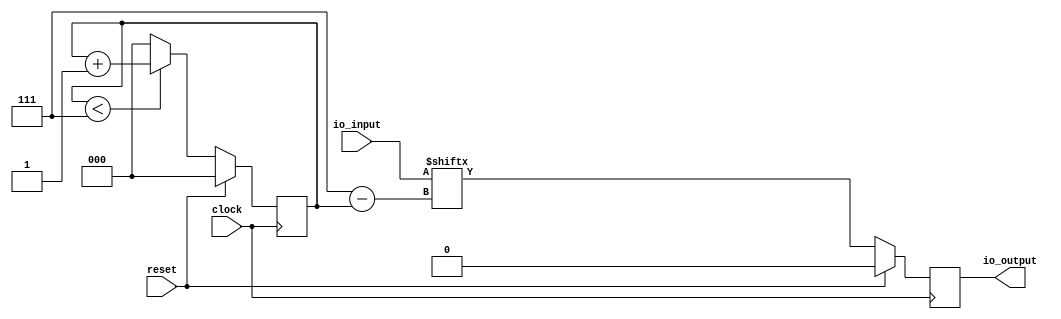
module CodeSender(
  input clock,
  input reset,
  input [7:0] io_input,
  output reg io_output
);

  reg [2:0] clk_cnt;
  always @ (posedge clock) begin
    if (reset) begin
      io_output <= 0;
      clk_cnt <= 0;
    end
    else begin
      io_output <= io_input[7 - clk_cnt];
      if (clk_cnt < 3'h7) begin
        clk_cnt <= clk_cnt + 1;
      end
      else begin
        clk_cnt <= 0;
      end
    end
  end
endmodule